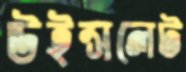
উইন্সলেট